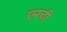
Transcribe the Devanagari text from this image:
एरची